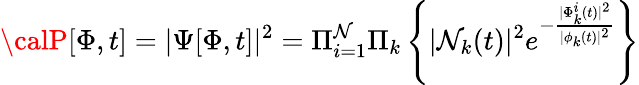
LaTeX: {\calP}[\Phi,t]=|\Psi[\Phi,t]|^{2}=\Pi_{i=1}^{\mathcal{N}}\Pi_{k}\left\{ |\mathcal{N}_{k}(t)|^{2}e^{-\frac{{|\Phi_{k}^{i}(t)|^{2}}}{{|\phi_{k}(t)|^{2}}}}\right\}